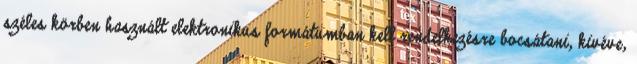
széles körben használt elektronikus formátumban kell rendelkezésre bocsátani, kivéve,